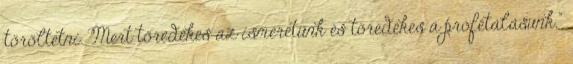
töröltetni. Mert töredékes az ismeretünk és töredékes a prófétálásunk."